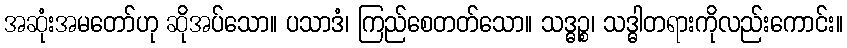
အဆုံးအမတော်ဟု ဆိုအပ်သော။ ပသာဒံ၊ ကြည်စေတတ်သော။ သဒ္ဓဉ္စ၊ သဒ္ဓါတရားကိုလည်းကောင်း။